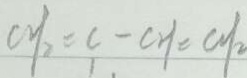
c y _ { 2 } = c - c y = c y _ { 2 }